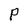
Character: P